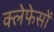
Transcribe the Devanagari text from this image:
क्लेफेसों